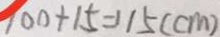
1 0 0 + 1 5 = 1 1 5 ( c m )